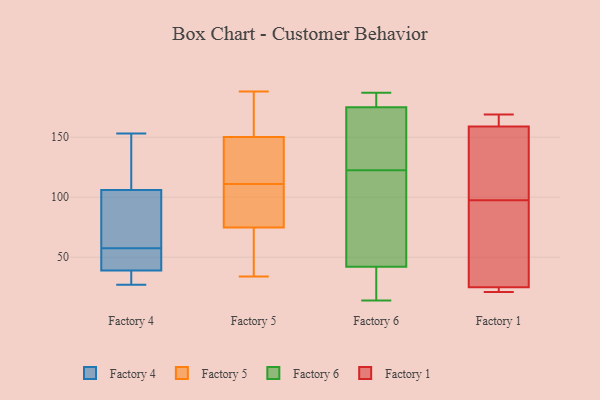
{"axis": {"x": "Website Visitors", "y": "Value"}, "legend": ["Factory 1", "Factory 4", "Factory 5", "Factory 6"], "data": [{"x": "", "y": 39, "type": "Factory 4"}, {"x": "", "y": 47, "type": "Factory 4"}, {"x": "", "y": 72, "type": "Factory 4"}, {"x": "", "y": 106, "type": "Factory 4"}, {"x": "", "y": 27, "type": "Factory 4"}, {"x": "", "y": 50, "type": "Factory 4"}, {"x": "", "y": 52, "type": "Factory 4"}, {"x": "", "y": 153, "type": "Factory 4"}, {"x": "", "y": 113, "type": "Factory 4"}, {"x": "", "y": 57, "type": "Factory 4"}, {"x": "", "y": 74, "type": "Factory 4"}, {"x": "", "y": 110, "type": "Factory 4"}, {"x": "", "y": 77, "type": "Factory 4"}, {"x": "", "y": 32, "type": "Factory 4"}, {"x": "", "y": 36, "type": "Factory 4"}, {"x": "", "y": 58, "type": "Factory 4"}, {"x": "", "y": 32, "type": "Factory 4"}, {"x": "", "y": 146, "type": "Factory 4"}, {"x": "", "y": 175, "type": "Factory 5"}, {"x": "", "y": 163, "type": "Factory 5"}, {"x": "", "y": 188, "type": "Factory 5"}, {"x": "", "y": 34, "type": "Factory 5"}, {"x": "", "y": 74, "type": "Factory 5"}, {"x": "", "y": 75, "type": "Factory 5"}, {"x": "", "y": 66, "type": "Factory 5"}, {"x": "", "y": 110, "type": "Factory 5"}, {"x": "", "y": 105, "type": "Factory 5"}, {"x": "", "y": 129, "type": "Factory 5"}, {"x": "", "y": 111, "type": "Factory 5"}, {"x": "", "y": 41, "type": "Factory 5"}, {"x": "", "y": 88, "type": "Factory 5"}, {"x": "", "y": 112, "type": "Factory 5"}, {"x": "", "y": 125, "type": "Factory 5"}, {"x": "", "y": 179, "type": "Factory 5"}, {"x": "", "y": 146, "type": "Factory 5"}, {"x": "", "y": 52, "type": "Factory 6"}, {"x": "", "y": 98, "type": "Factory 6"}, {"x": "", "y": 42, "type": "Factory 6"}, {"x": "", "y": 186, "type": "Factory 6"}, {"x": "", "y": 175, "type": "Factory 6"}, {"x": "", "y": 147, "type": "Factory 6"}, {"x": "", "y": 98, "type": "Factory 6"}, {"x": "", "y": 156, "type": "Factory 6"}, {"x": "", "y": 14, "type": "Factory 6"}, {"x": "", "y": 187, "type": "Factory 6"}, {"x": "", "y": 39, "type": "Factory 6"}, {"x": "", "y": 158, "type": "Factory 6"}, {"x": "", "y": 183, "type": "Factory 6"}, {"x": "", "y": 39, "type": "Factory 6"}, {"x": "", "y": 148, "type": "Factory 1"}, {"x": "", "y": 21, "type": "Factory 1"}, {"x": "", "y": 25, "type": "Factory 1"}, {"x": "", "y": 167, "type": "Factory 1"}, {"x": "", "y": 82, "type": "Factory 1"}, {"x": "", "y": 169, "type": "Factory 1"}, {"x": "", "y": 34, "type": "Factory 1"}, {"x": "", "y": 113, "type": "Factory 1"}, {"x": "", "y": 159, "type": "Factory 1"}, {"x": "", "y": 21, "type": "Factory 1"}]}